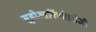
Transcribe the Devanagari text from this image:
सूडोआर्कियोलॉजी